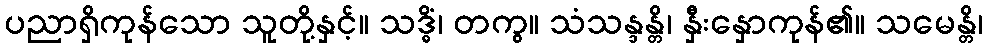
ပညာရှိကုန်သော သူတို့နှင့်။ သဒ္ဓိံ၊ တကွ။ သံသန္ဒန္တိ၊ နှီးနှောကုန်၏။ သမေန္တိ၊